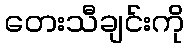
တေးသီချင်းကို